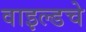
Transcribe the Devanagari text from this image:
वाइल्डचे